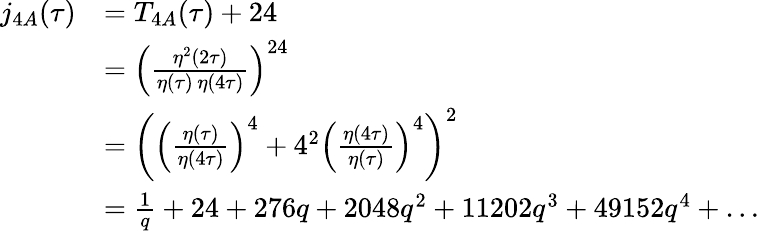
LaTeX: {\begin{array}{rl}{j_{4A}(\tau)}&{=T_{4A}(\tau)+24}\\ &{=\left({\frac{\eta^{2}(2\tau)}{\eta(\tau)\, \eta(4\tau)}}\right)^{24}}\\ &{=\left(\left({\frac{\eta(\tau)}{\eta(4\tau)}}\right)^{4}+4^{2}\left({\frac{\eta(4\tau)}{\eta(\tau)}}\right)^{4}\right)^{2}}\\ &{={\frac{1}{q}}+24+276q+2048q^{2}+11202q^{3}+49152q^{4}+\dots}\end{array}}